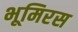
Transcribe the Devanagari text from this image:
भूमिरस